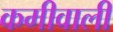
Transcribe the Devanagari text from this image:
कमीवाली